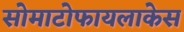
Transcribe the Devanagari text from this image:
सोमाटोफायलाकेस